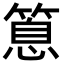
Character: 𥰝